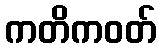
ကတိကဝတ်